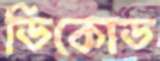
ডিকোড